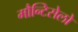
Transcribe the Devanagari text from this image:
मौन्टिसेलो